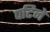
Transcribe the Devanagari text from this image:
पटिने